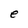
Character: e